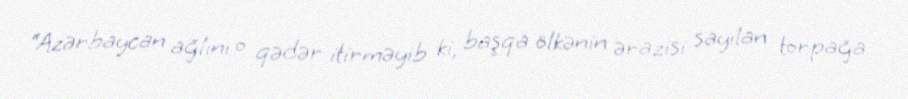
“Azərbaycan ağlını o qədər itirməyib ki, başqa ölkənin ərazisi sayılan torpağa